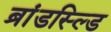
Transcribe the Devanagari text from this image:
ब्रांडस्ल्डि